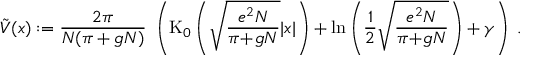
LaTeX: \tilde { V } ( x ) : = \frac { 2 \pi } { N ( \pi + g N ) } \; \left( \mathrm { K } _ { 0 } \left( \sqrt { \frac { e ^ { 2 } N } { \pi \! + \! g N } } | x | \right) + \ln \left( \frac { 1 } { 2 } \sqrt { \frac { e ^ { 2 } N } { \pi \! + \! g N } } \right) + \gamma \right) \; .